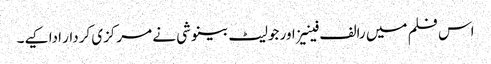
اس فلم میں رالف فینیز اور جولیٹ بینوشی نے مرکزی کردار ادا کیے۔